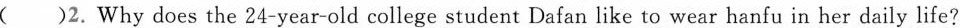
( )2.Why does the 24-year-old college student Dafan like to wear hanfu in her daily life?